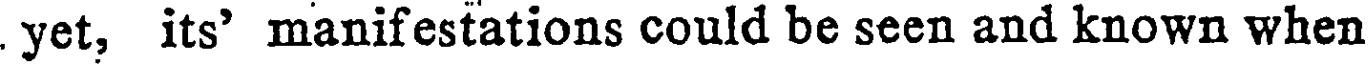
yet, its' manifestations could be seen and known when